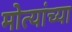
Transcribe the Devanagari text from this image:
मोत्यांच्या